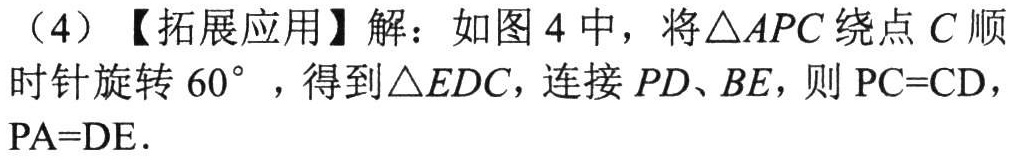
（4）【拓展应用】解：如图 4 中，将\(\triangle APC\)绕点\(C\)顺时针旋转\(60^{\circ}\)，得到\(\triangle EDC\)，连接\(PD、BE\)，则\(PC = CD\)，\(PA=DE\).